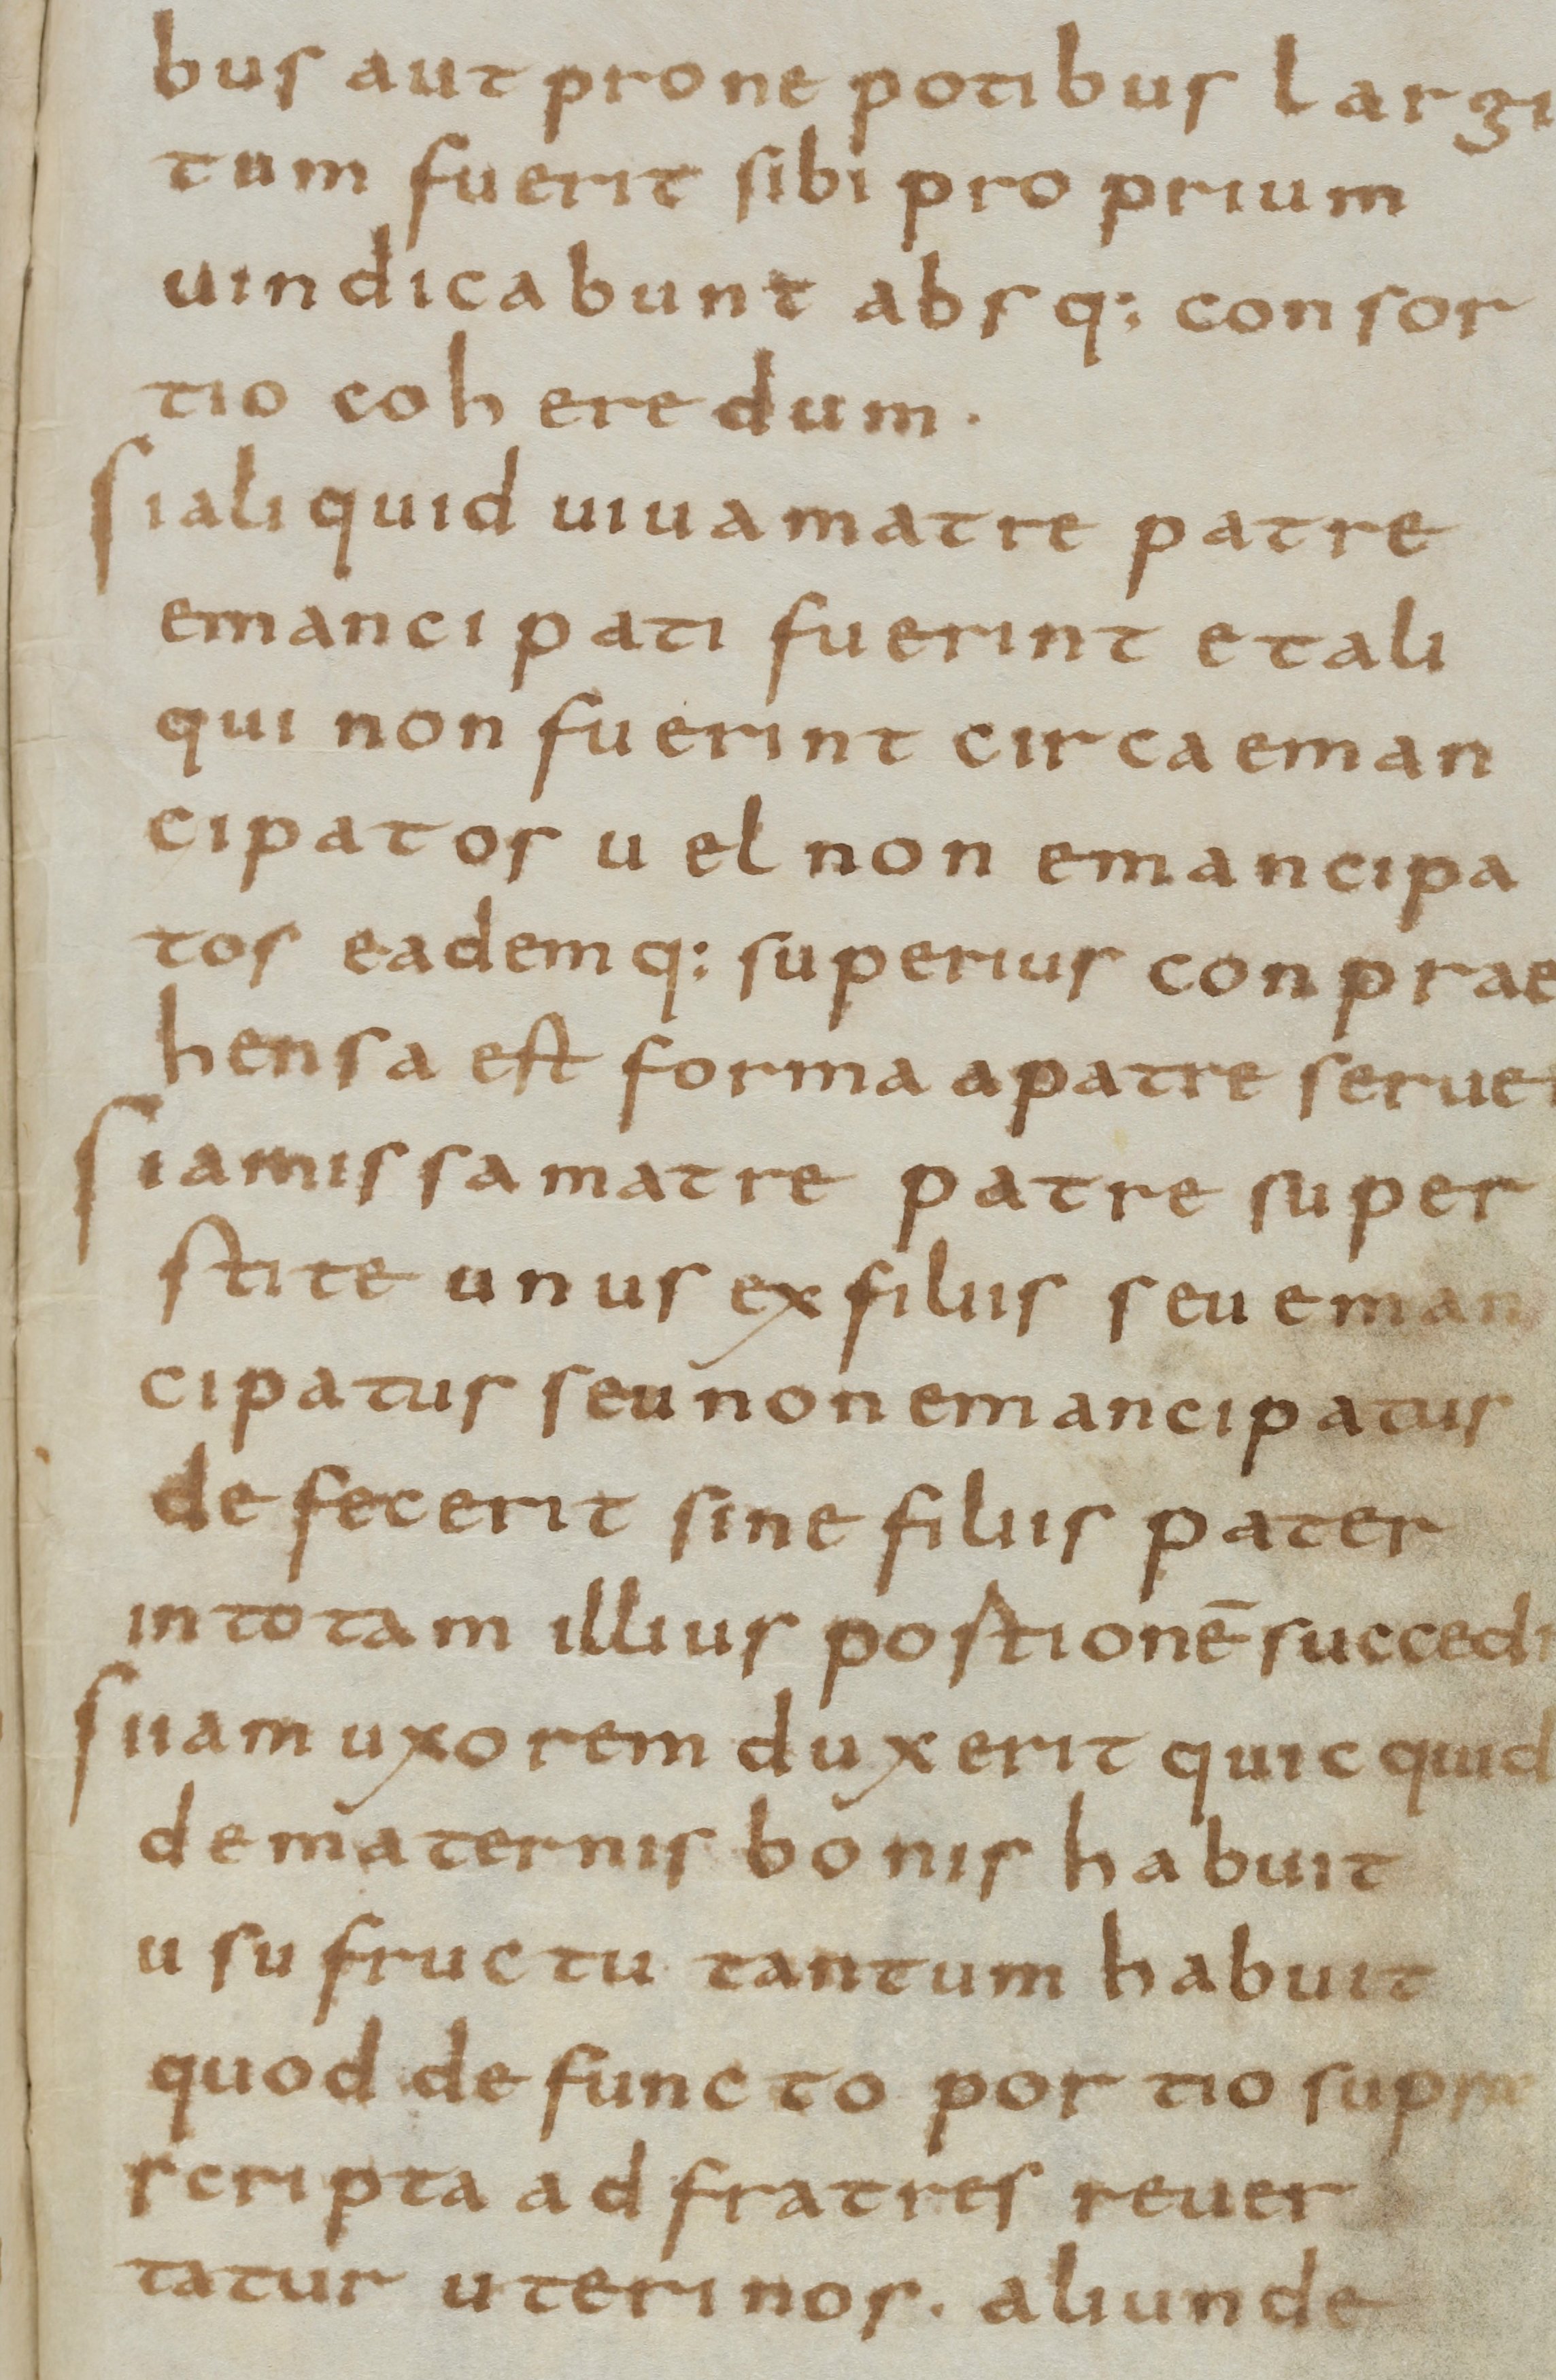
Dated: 800–830